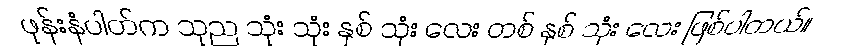
ဖုန်းနံပါတ်က သုည သုံး သုံး နှစ် သုံး လေး တစ် နှစ် သုံး လေး ဖြစ်ပါတယ်။